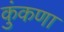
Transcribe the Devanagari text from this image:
कुंकणा